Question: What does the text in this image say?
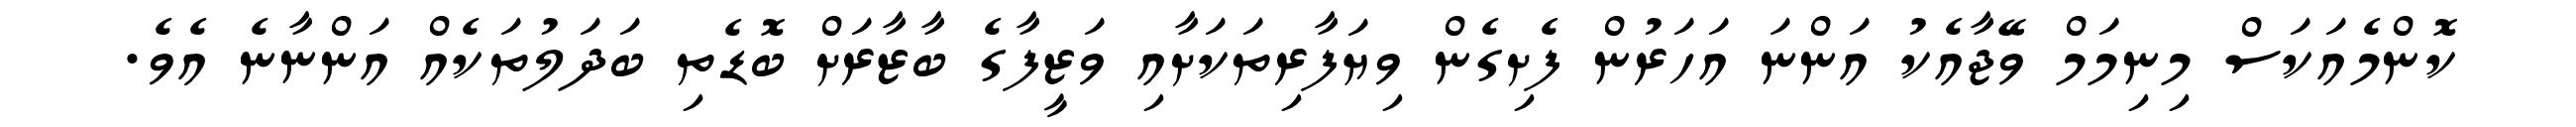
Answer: ކޮންމެއަކަސް މިނިމަމް ވޭޖާއެކު އަންނަ އަހަރުން ފެށިގެން ވިޔަފާރިތަކަށާއި ވަޒީފާގެ ބާޒާރަށް ބޮޑެތި ބަދަލުތަކެއް އަންނާނެ އެވެ.